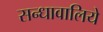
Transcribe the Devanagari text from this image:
सन्धावालिये